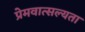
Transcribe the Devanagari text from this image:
प्रेमवात्सल्यता